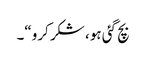
بچ گئی ہو، شکر کرو“۔